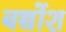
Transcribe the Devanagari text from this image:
बच्चोंश